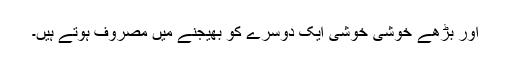
اور بڑھے خوشی خوشی ایک دوسرے کو بھیجنے میں مصروف ہوتے ہیں۔